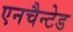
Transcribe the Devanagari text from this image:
एनचैन्टेड